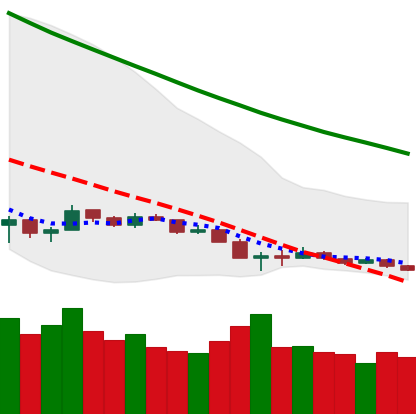
Ticker: ETH-USD
Chart end date: 2018-12-14
Forward return: 20.117%
Label: up_7plus